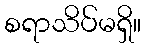
စရာသိပ်မရှိ။